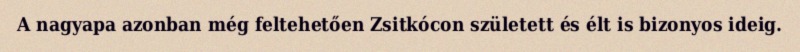
A nagyapa azonban még feltehetően Zsitkócon született és élt is bizonyos ideig.